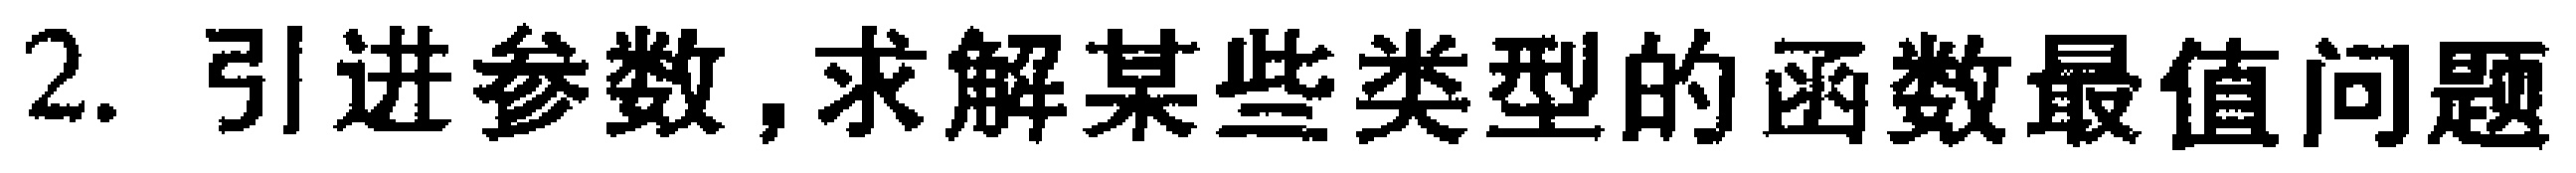
2. 引进参数, 求解某些类型的函数最值问题